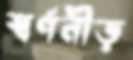
স্বর্ণনীড়